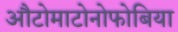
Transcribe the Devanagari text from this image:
औटोमाटोनोफोबिया